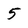
Character: 5